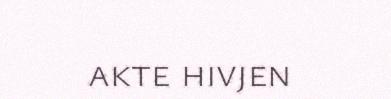
akte hivjen